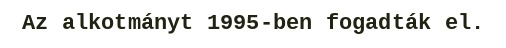
Az alkotmányt 1995-ben fogadták el.